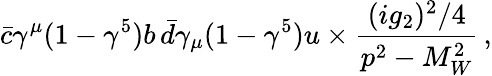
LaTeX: \bar{c}\gamma^{\mu}(1-\gamma^{5})b\, \bar{d}\gamma_{\mu}(1-\gamma^{5})u\times{\frac{(ig_{2})^{2}/4}{p^{2}-M_{W}^{2}}}\, ,